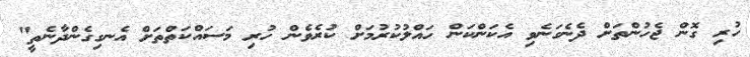
ހުރި ގޮން ޖެހުންތަށް ދެނެގަނެވި އެކަންކަން ހައްލުކުރުމަށް ކުރެވެން ހުރި މަސައްކަތްތަށް އެނގިގެންދާނެތީ"